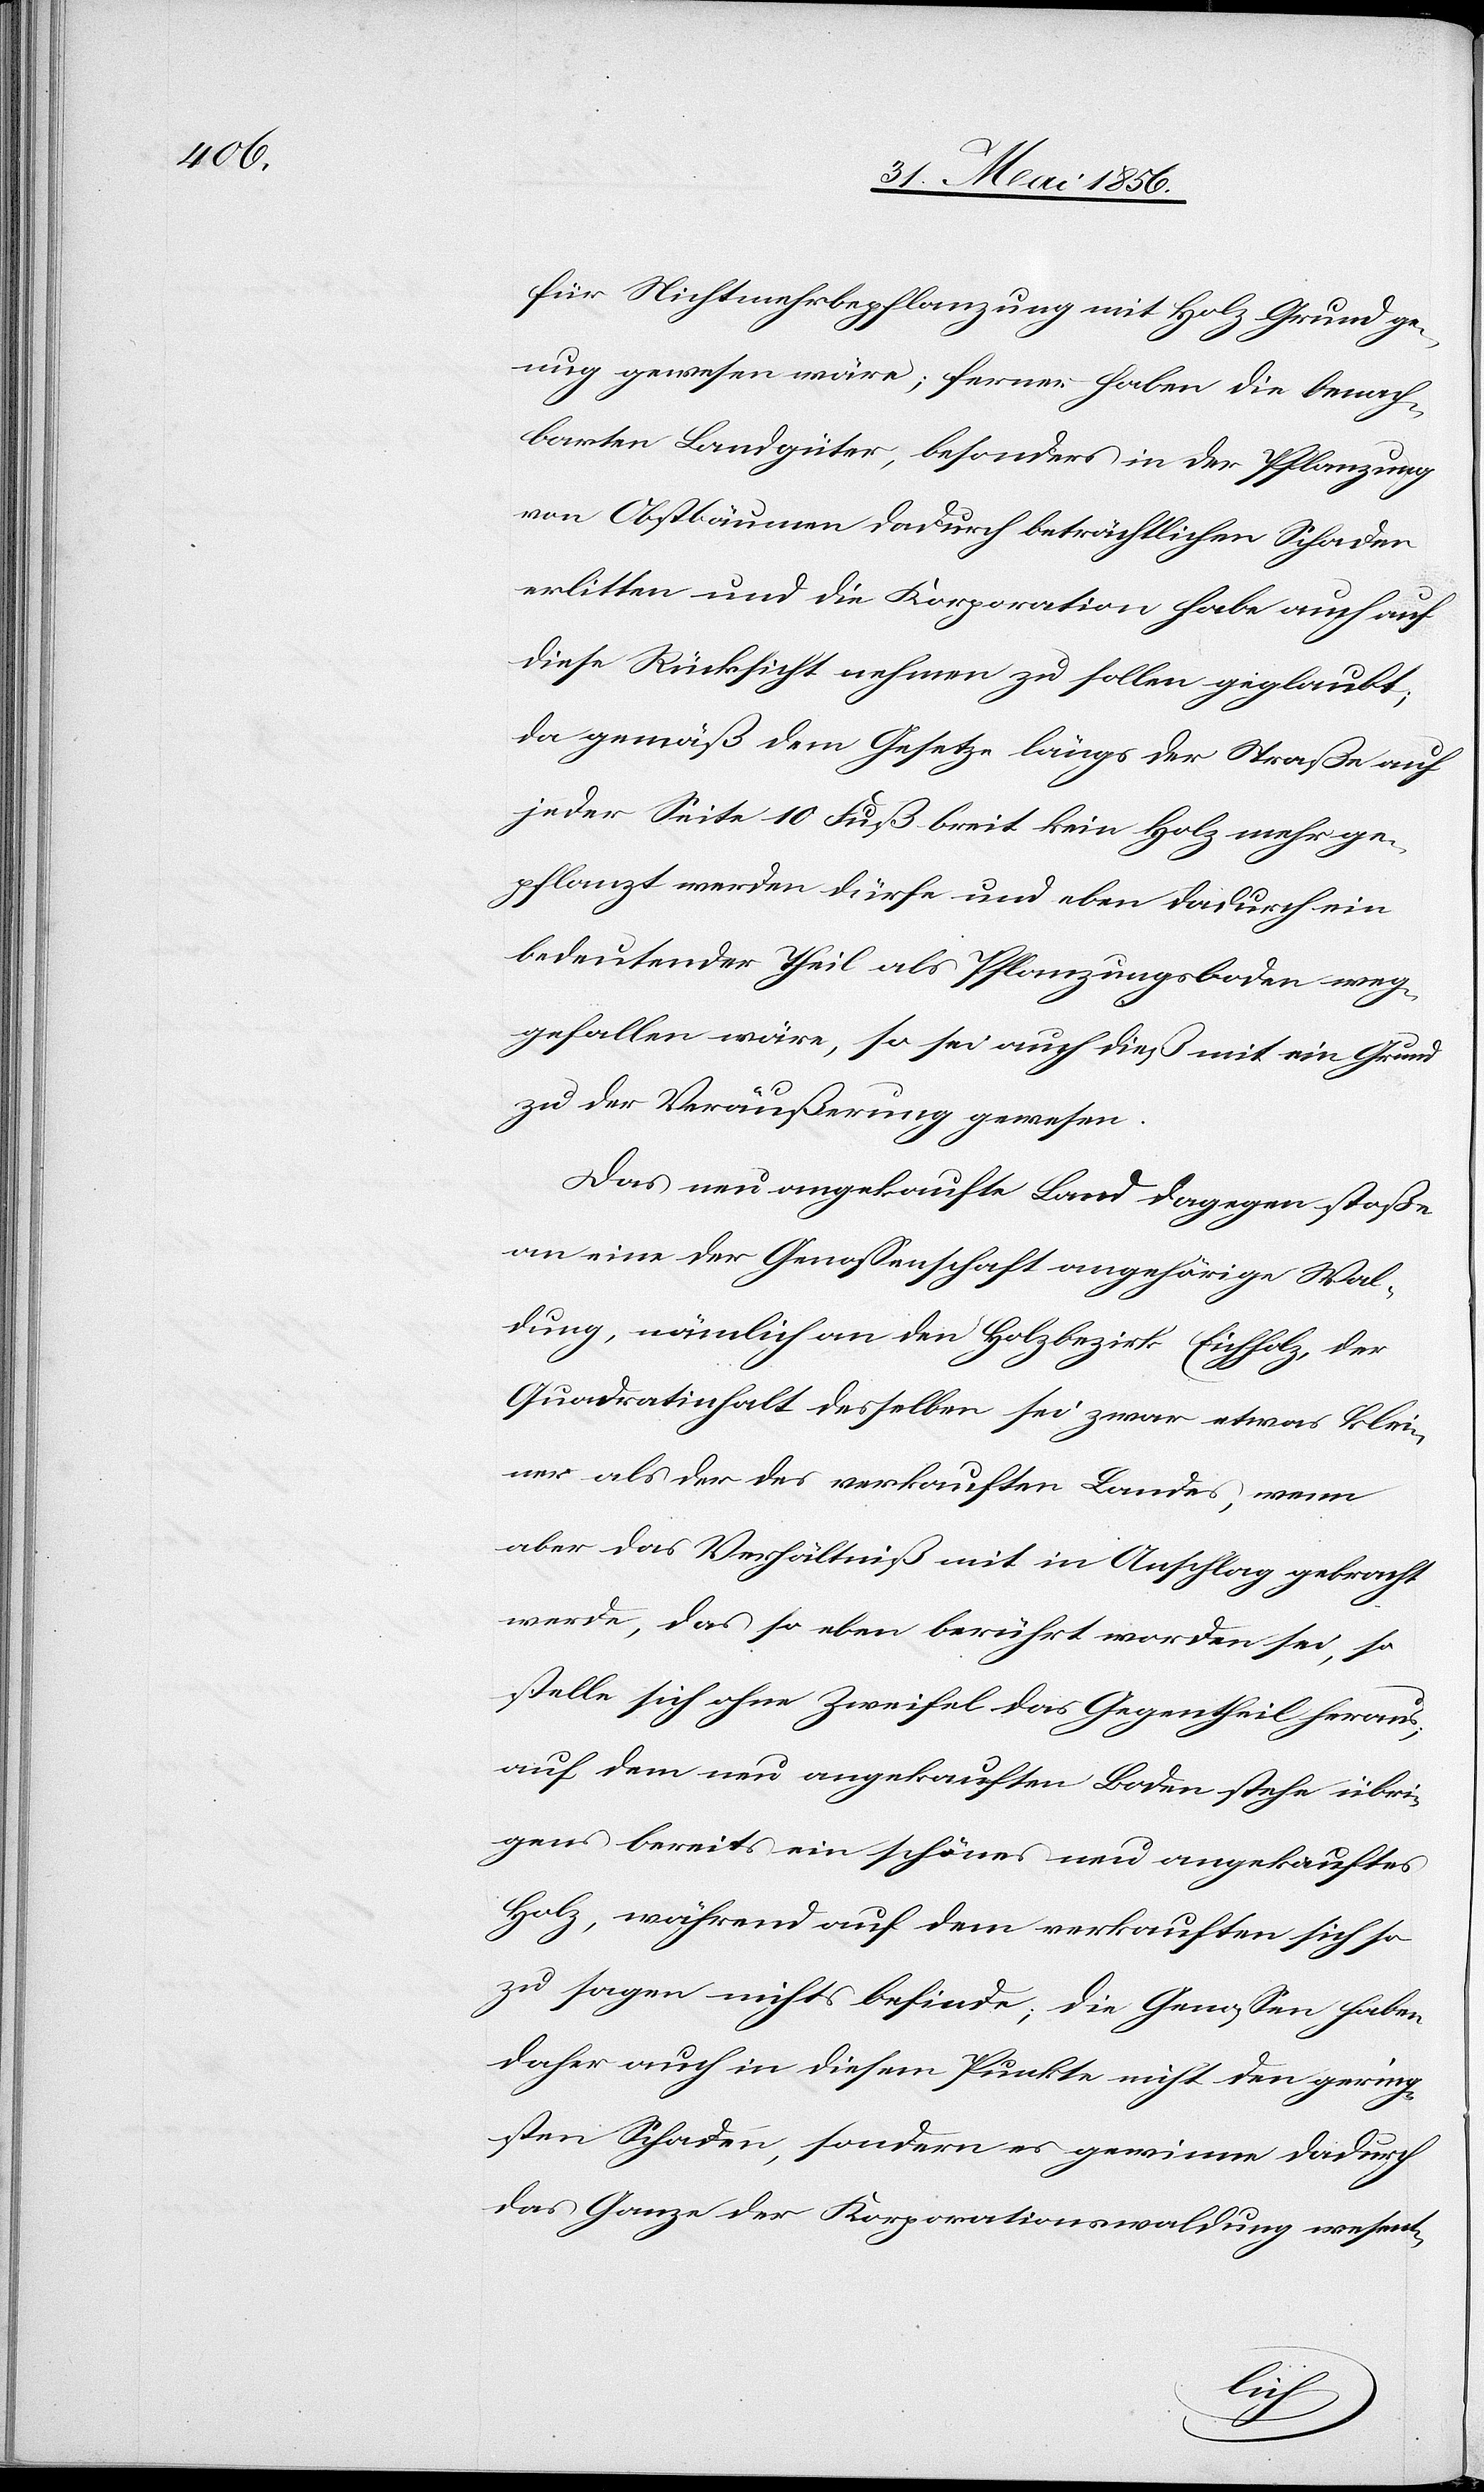
für Nichtmehrbepflanzung mit Holz Grund ge¬
nug gewesen wäre; ferner haben die Pflan¬
von Obstbäumen dadurch beträchtlichen Schaden
erlitten und die Korporation habe auch auf
diese Rücksicht nehmen zu sollen geglaubt;
da gemäß dem Gesetze längs der Straße auf
jeder Seite 10 Fuß breit kein Holz mehr ge¬
pflanzt werden dürfe und eben dadurch ein
bedeutender Theil als Pflanzungsboden weg¬
gefallen wäre, so sei auch dieß mit ein Grund
zu der Veräußerung gewesen.
Das neu angekaufte Land dagegen stoße
an eine der Genossenschaft angehörigen Wal¬
dung, nämlich den Holzbezirk Eichholz, der
Quadratinhalt desselben sei zwar etwas klei¬
ner als der des verkauften Landes, wenn
aber das Verhältniß mit in Anschlag gebracht
werde, das so eben berührt worden sei, so
stelle sich ohne Zweifel das Gegentheil heraus;
auf dem neu angekauften Boden stehe übri¬
gens bereits ein schönes neu angekauftes
Holz, während auf dem verkauften sich so
zu sagen nichts befinde; die Genossen haben
daher auch in diesem Punkte nicht den gering¬
sten Schaden, sondern es gewinne dadurch
das Ganze der Korporationswaldung wesent-
zung